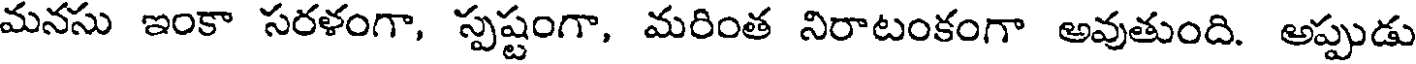
మనసు ఇంకా సరళంగా, స్పష్టంగా, మరింత నిరాటంకంగా అవుతుంది. అప్పుడు